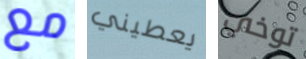
مع يعطيني توخي